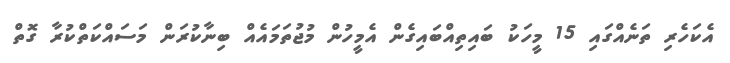
އެކަހެރި ތަނެއްގައި 15 މީހަކު ބައިތިއްބައިގެން އެމީހުން މުޖުތަމައެއް ބިނާކުރަން މަސައްކަތްކުރާ ގޮތް